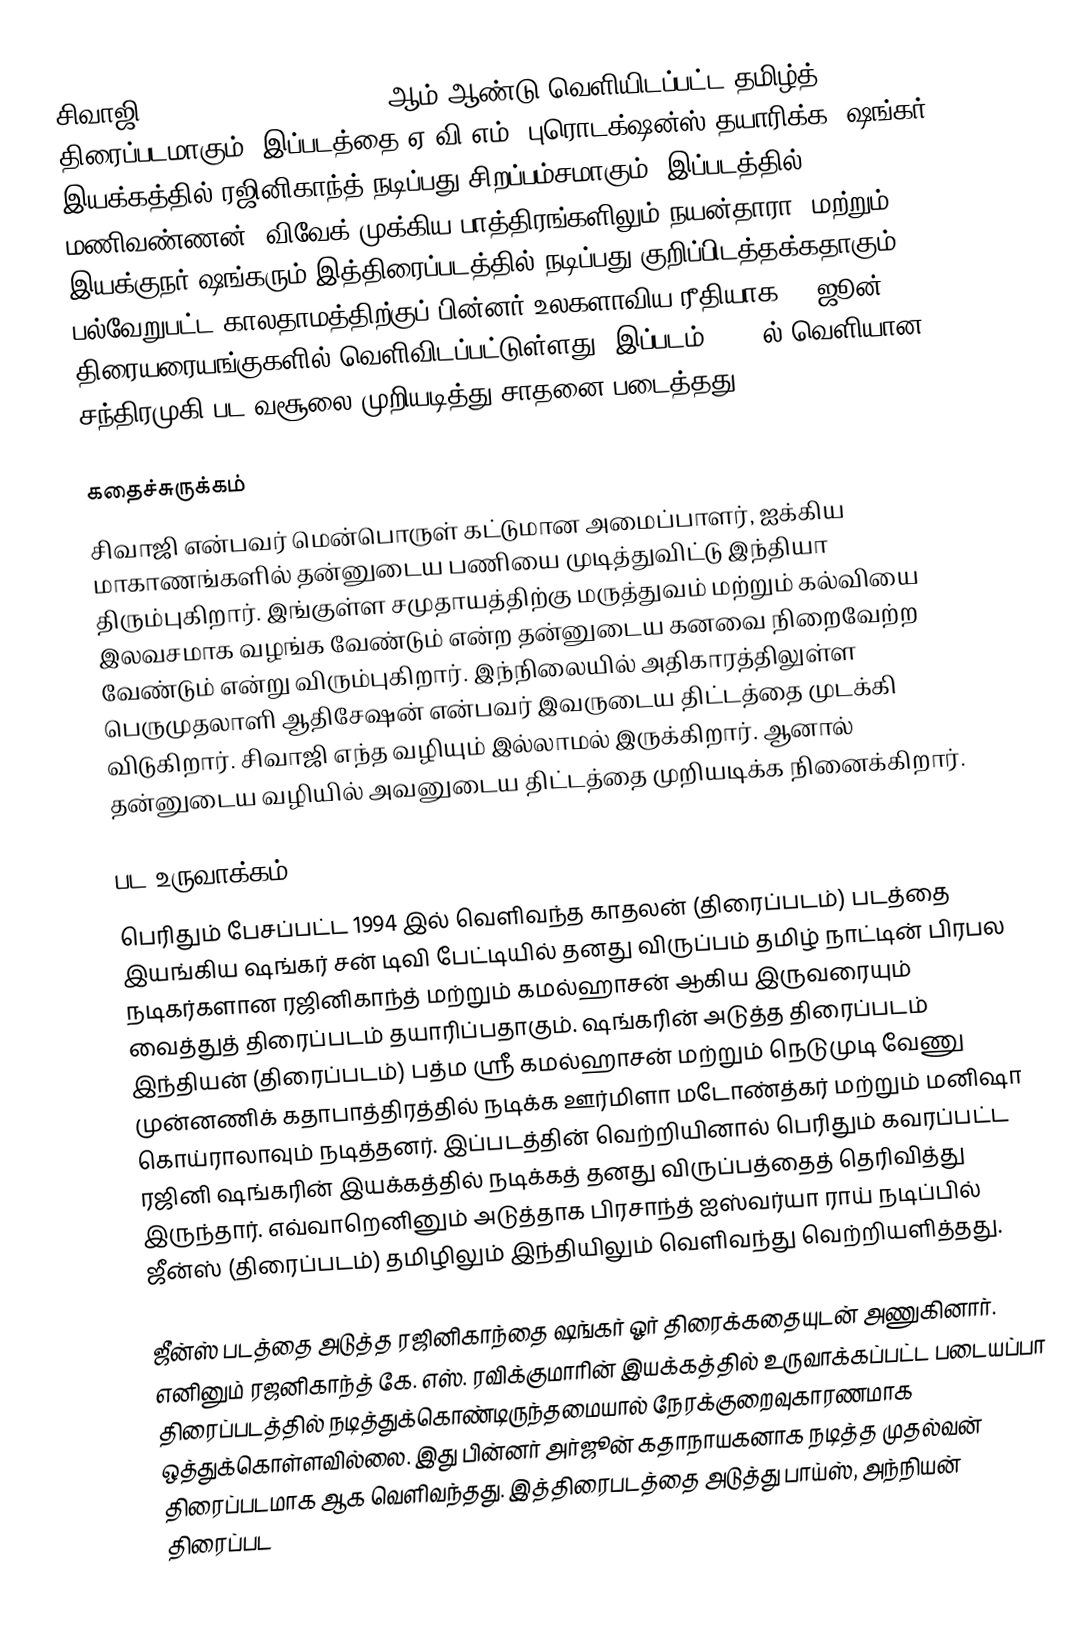
சிவாஜி (Sivaji: The Boss), 2007ஆம் ஆண்டு வெளியிடப்பட்ட தமிழ்த் திரைப்படமாகும். இப்படத்தை ஏ.வி.எம். புரொடக்ஷன்ஸ் தயாரிக்க, ஷங்கர் இயக்கத்தில் ரஜினிகாந்த் நடிப்பது சிறப்பம்சமாகும். இப்படத்தில் மணிவண்ணன், விவேக் முக்கிய பாத்திரங்களிலும் நயன்தாரா, மற்றும் இயக்குநர் ஷங்கரும் இத்திரைப்படத்தில் நடிப்பது குறிப்பிடத்தக்கதாகும். பல்வேறுபட்ட காலதாமத்திற்குப் பின்னர் உலகளாவிய ரீதியாக 15 ஜூன் 2007 திரையரையங்குகளில் வெளிவிடப்பட்டுள்ளது. இப்படம் 2005-ல் வெளியான சந்திரமுகி பட வசூலை முறியடித்து சாதனை படைத்தது.

கதைச்சுருக்கம்
சிவாஜி என்பவர் மென்பொருள் கட்டுமான அமைப்பாளர், ஐக்கிய மாகாணங்களில் தன்னுடைய பணியை முடித்துவிட்டு இந்தியா திரும்புகிறார்.  இங்குள்ள சமுதாயத்திற்கு மருத்துவம் மற்றும் கல்வியை இலவசமாக வழங்க வேண்டும் என்ற தன்னுடைய கனவை நிறைவேற்ற வேண்டும் என்று விரும்புகிறார்.  இந்நிலையில் அதிகாரத்திலுள்ள பெருமுதலாளி ஆதிசேஷன் என்பவர் இவருடைய திட்டத்தை முடக்கி விடுகிறார்.  சிவாஜி எந்த வழியும் இல்லாமல் இருக்கிறார்.  ஆனால் தன்னுடைய வழியில் அவனுடைய திட்டத்தை முறியடிக்க நினைக்கிறார்.

பட உருவாக்கம்
பெரிதும் பேசப்பட்ட 1994 இல் வெளிவந்த காதலன் (திரைப்படம்) படத்தை இயங்கிய ஷங்கர் சன் டிவி பேட்டியில் தனது விருப்பம் தமிழ் நாட்டின் பிரபல நடிகர்களான ரஜினிகாந்த் மற்றும் கமல்ஹாசன் ஆகிய இருவரையும் வைத்துத் திரைப்படம் தயாரிப்பதாகும். ஷங்கரின் அடுத்த திரைப்படம் இந்தியன் (திரைப்படம்) பத்ம ஸ்ரீ கமல்ஹாசன் மற்றும் நெடுமுடி வேணு முன்னணிக் கதாபாத்திரத்தில் நடிக்க ஊர்மிளா மடோண்த்கர் மற்றும் மனிஷா கொய்ராலாவும் நடித்தனர். இப்படத்தின் வெற்றியினால் பெரிதும் கவரப்பட்ட ரஜினி ஷங்கரின் இயக்கத்தில் நடிக்கத் தனது விருப்பத்தைத் தெரிவித்து இருந்தார். எவ்வாறெனினும் அடுத்தாக பிரசாந்த் ஐஸ்வர்யா ராய் நடிப்பில் ஜீன்ஸ் (திரைப்படம்) தமிழிலும் இந்தியிலும் வெளிவந்து வெற்றியளித்தது.

ஜீன்ஸ் படத்தை அடுத்த ரஜினிகாந்தை ஷங்கர் ஓர் திரைக்கதையுடன் அணுகினார். எனினும் ரஜனிகாந்த் கே. எஸ். ரவிக்குமாரின் இயக்கத்தில் உருவாக்கப்பட்ட படையப்பா திரைப்படத்தில் நடித்துக்கொண்டிருந்தமையால் நேரக்குறைவுகாரணமாக ஒத்துக்கொள்ளவில்லை. இது பின்னர் அர்ஜூன் கதாநாயகனாக நடித்த முதல்வன் திரைப்படமாக ஆக வெளிவந்தது. இத்திரைபடத்தை அடுத்து பாய்ஸ், அந்நியன் திரைப்பட